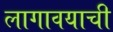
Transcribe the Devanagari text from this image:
लागावयाची